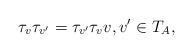
LaTeX: \begin{align*}\tau_{v}\tau_{v'}=\tau_{v'}\tau_{v}v,v'\in T_A,\end{align*}